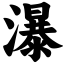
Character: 瀑